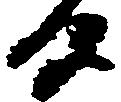
候